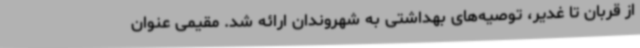
از قربان تا غدیر، توصیه‌های بهداشتی به شهروندان ارائه شد. مقیمی عنوان